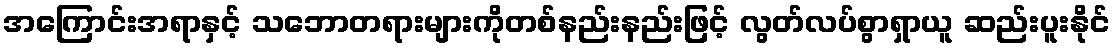
အကြောင်းအရာနှင့် သဘောတရားများကိုတစ်နည်းနည်းဖြင့် လွတ်လပ်စွာရှာယူ ဆည်းပူးနိုင်